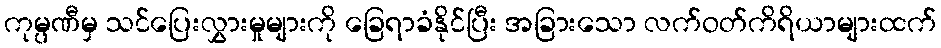
ကုမ္ပဏီမှ သင်ပြေးလွှားမှုများကို ခြေရာခံနိုင်ပြီး အခြားသော လက်ဝတ်ကိရိယာများထက်